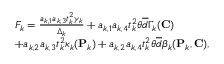
\begin{array} { r l } & { F _ { k } = \frac { a _ { k , 1 } a _ { k , 3 } t _ { k } ^ { 2 } \gamma _ { k } } { \Delta _ { k } } + a _ { k , 1 } a _ { k , 4 } t _ { k } ^ { 2 } \theta \overline { { d } } \Gamma _ { k } ( { \mathbf { C } } ) } \\ & { + a _ { k , 2 } a _ { k , 3 } t _ { k } ^ { 2 } \kappa _ { k } ( { \mathbf { P } } _ { k } ) + a _ { k , 2 } a _ { k , 4 } t _ { k } ^ { 2 } \theta \overline { { d } } \beta _ { k } ( { \mathbf { P } } _ { k } , { \mathbf { C } } ) , } \end{array}